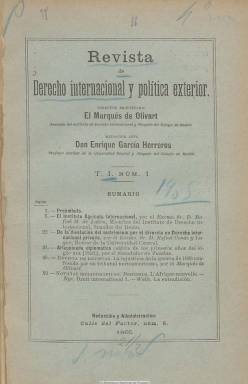
Título: Revista de derecho internacional y política exterior
Colección: Derecho || Relaciones internacionales
Ámbito geográfico: Madrid
Lugar de publicación: Madrid
Fechas: 01/01/1905-31/12/1909

Empieza a publicarse a partir de 1905 en varios cuadernos que forman tomos anuales, con foliación continuada (entre 262 y 545 páginas en total cada uno), compuesta a una columna y carente prácticamente de ilustraciones, como “primera y única” revista que se publica en España en la primera década del siglo veinte  “exclusivamente dedicada al estudio del Derecho internacional, en sus dos ramas, público y privado, y en cuanto a ambas importa, al de la legislación comparada, y al examen, vulgarización y crítica de las principales cuestiones de la política exterior”, tal como señalan las indicaciones administrativas de su editor.

Este, además de propietario y también su director, es el jurista y político conservador de origen catalán Ramón María de Dalmau y de Olivart (1861-1928), primer marqués pontificio de Olivart, autor de varios trabajos de su especialidad, catedrático de la Universidad Central de Madrid, que llegó a presidir la Asociación Española de Derecho Internacional y la Asociación Francisco de Vitoria, y ostentar la vicepresidencia del Instituto de Derecho Internacional y del Colonial. Su redactor jefe será el también jurista Enrique García Herreros, profesor auxiliar de la Universidad Central.

Cada tomo cuenta con un índice anual, clasificado por las secciones de la revista: Derecho internacional público, Derecho internacional privado, Política exterior nacional, Política exterior extranjera y Notas bibliográficas, que dan cabida a los estudios que publican expertos autores en estas materias.

La revista cuenta con un plantel importante de colaboradores, entre académicos, políticos, expertos publicistas, pero sobre todo profesores y catedráticos, no sólo de universidades españoles sino también de las de Oxford, Grenoble, Siena, Gante, Berlín o Munich, entre otras, o de la Escuela Superior de Guerra, y el criterio de los autores no necesariamente tuvo que coincidir con el del editor.

Entre las firmas de sus artículos, además de las del director y redactor jefe, aparecen las de Emilio Miñana, Augusto Pierantoni, Rafael María de Labra, Manuel Conrotte,  Bienvenido Oliver, Rafael Conde y Luque, Domingo Pazos y García, Damián Isern, Fernando de Antón del Olmet, León de Montluc, Rafael Ureña y Sanz, Maxime Leroy, Gabriel Maura y Gamazo, Jesús Fernández Novoa, Fernando Rodríguez Roa o Ambrosio Huici, entre otras.

En sus páginas se desarrollarán estudios (la mayor parte en idioma español, pero otros en francés o italiano) sobre legislación y convenios internacionales, espionaje, tribunales, comercio, conflictos bélicos o asuntos coloniales, entre los que cabe citar el de Leroy sobre la Sociedad de Naciones, el de Olmet sobre los israelitas españoles en Oriente o el de Huici sobre los estudios árabes y el africanismo español. También dará cuenta del desarrollo y resoluciones de la reunión que celebró el Instituto Derecho Internacional, o documentos como el Acta de la Conferencia de Paz de 1907, así como la reproducción de la edición de Sevilla de 1552 de la Disputa o controversia de Fray Bartolomé de las Casas con Ginés de Sepúlveda acerca de la licitud de las conquistas de las Indias.

Además de la revista, Dalmau reforzó su esfuerzo intelectual y económico, con la publicación de suplementos dedicados a los tratados y actos internacionales y a la edición de una biblioteca de obras de derecho internacional y diplomacia, además de la edición de Crónica de derecho internacional y política exterior, que como suplemento a la revista editó entre 1905 y 1906 y que forma parte también de la Hemeroteca Digital de la Biblioteca Nacional de España.

La colección de la revista finaliza con el tomo doble 5-6, correspondiente a los años 1909-1910, en el que su editor, en un escrito fechado en septiembre de 1913, da a conocer sus próximos proyectos editoriales, indicando que contará con la ayuda y colaboración de la Fundación Carnegie, la Sociedad Americana de Derecho Internacional, y la de Brown Scott, fundador del Instituto de Derecho Internacional Americano, cuyos resultados se desconocen.